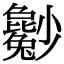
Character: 𡮿